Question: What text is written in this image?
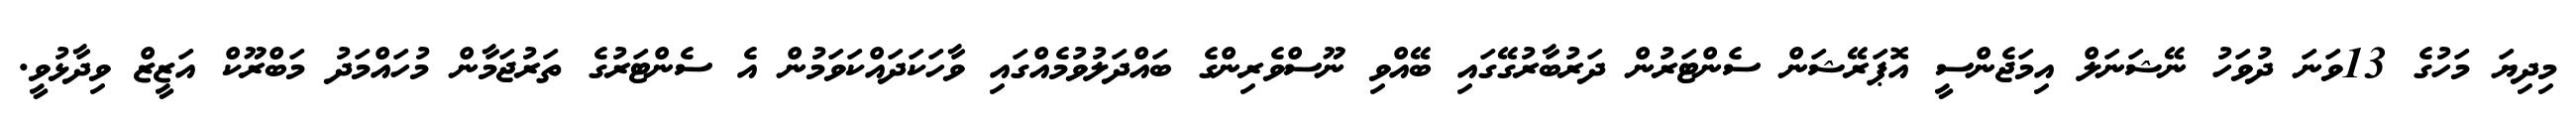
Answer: މިދިޔަ މަހުގެ 13ވަނަ ދުވަހު ނޭޝަނަލް އިމަޖެންސީ އޮޕަރޭޝަން ސެންޓަރުން ދަރުބާރުގޭގައި ބޭއްވި ނޫސްވެރިންގެ ބައްދަލުވުމެއްގައި ވާހަކަދައްކަވަމުން އެ ސެންޓަރުގެ ތަރުޖަމާން މުހައްމަދު މަބްރޫކް އަޒީޒް ވިދާޅުވީ.